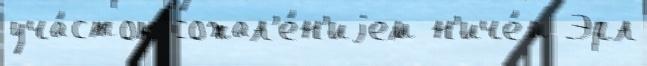
уча́сток сожал'е́н'иjем н'иче́м Эрл